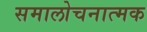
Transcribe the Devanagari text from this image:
समालोचनात्‍मक